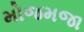
મોજમજા